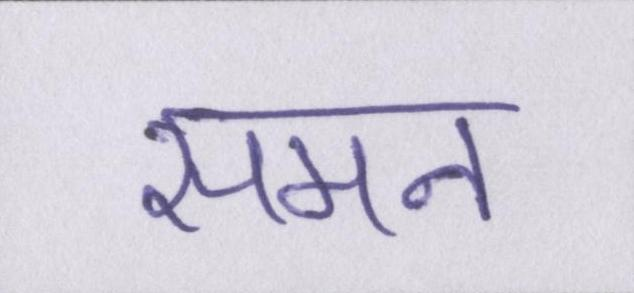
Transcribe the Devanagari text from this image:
समन